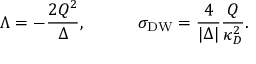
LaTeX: \Lambda = - { \frac { 2 Q ^ { 2 } } { \Delta } } , \ \ \ \ \ \ \ \ \ \sigma _ { \mathrm { D W } } = { \frac { 4 } { | \Delta | } } { \frac { Q } { \kappa _ { D } ^ { 2 } } } .